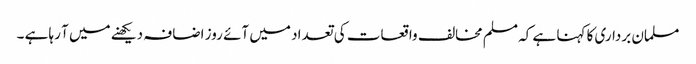
مسلمان برداری کا کہنا ہے کہ مسلم مخالف واقعات کی تعداد میں آئے روز اضافہ دیکھنے میں آ رہا ہے ۔